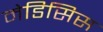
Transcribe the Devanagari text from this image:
मेडिसिस